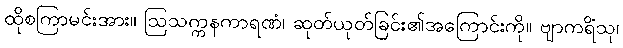
ထိုစကြာမင်းအား။ ဩသက္ကနကာရဏံ၊ ဆုတ်ယုတ်ခြင်း၏အကြောင်းကို။ ဗျာကရိံသု၊